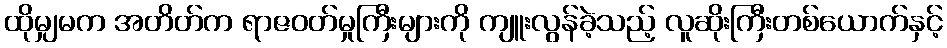
ထိုမျှမက အတိတ်က ရာဇဝတ်မှုကြီးများကို ကျူးလွန်ခဲ့သည့် လူဆိုးကြီးတစ်ယောက်နှင့်